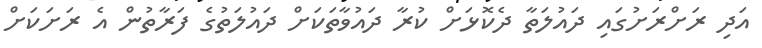
އަދި ރަށްރަށުގައި ދައުލަތާ ދެކޮޅަށް ކުރާ ދައުވާތަކަށް ދައުލަތުގެ ފަރާތުން އެ ރަށަކަށް